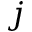
j